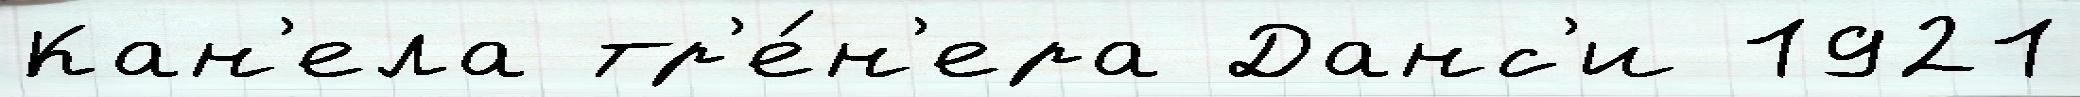
Кан'ела тр'е́н'ера Данс'и 1921